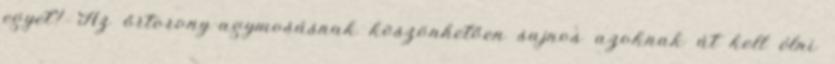
egyet? Az őrtorony-agymosásnak köszönhetően sajnos azoknak át kell élni